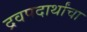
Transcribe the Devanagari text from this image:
द्रवपदार्थांचा